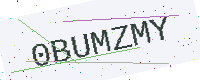
Text: 0BUMZMY